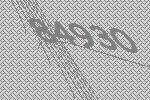
84930